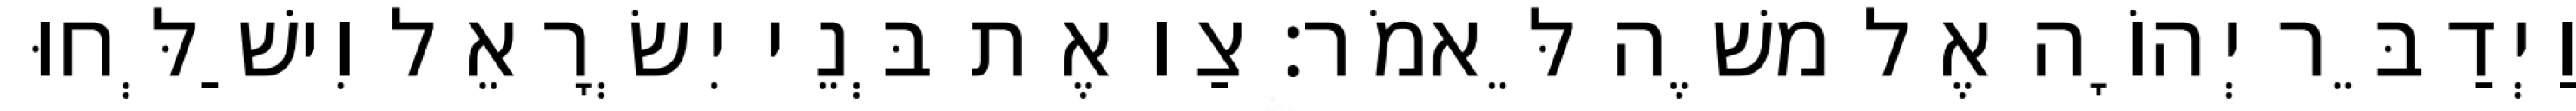
וַיְדַבֵּר יְהוָֹה אֶל משֶׁה לֵּאמֹר׃ צַו אֶת בְּנֵי יִשְׂרָאֵל וִישַׁלְּחוּ